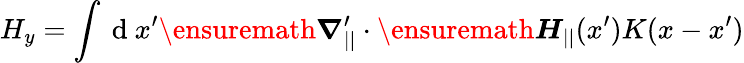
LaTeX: H_{y}=\int\mathrm{~d~}x^{\prime}\ensuremath{\boldsymbol{\nabla}}_{||}^{\prime}\cdot\ensuremath{\boldsymbol{H}}_{||}(x^{\prime})K(x-x^{\prime})